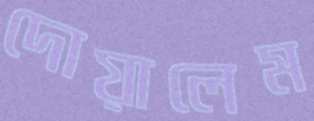
দোয়ালেম